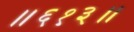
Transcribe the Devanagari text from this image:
॥६१३॥